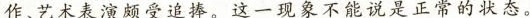
作、艺术表演颇受追捧。这一现象不能说是正常的状态。